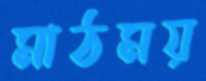
মাঠময়